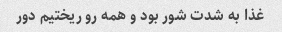
غذا به شدت شور بود و همه رو ریختیم دور